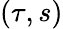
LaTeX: (\tau,s)